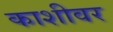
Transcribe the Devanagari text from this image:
काशीवर